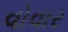
વોવાર